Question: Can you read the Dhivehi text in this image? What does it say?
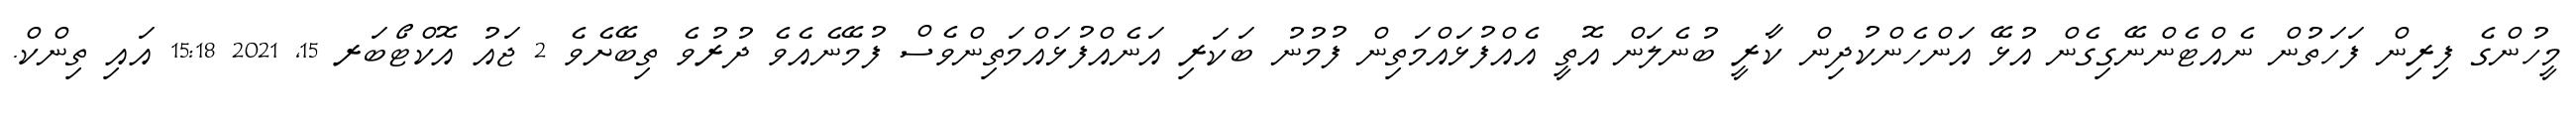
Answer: މީހުންގެ ފިރިން ފަހަތުން ނެއްޓެންނޭގިގެން އުޅޭ އަންހެންކުދިން ކާރީ ބުނެލަން އޮތީ އެއްފުޅައްމަތިން ފުމުނު ބަކަރި އަނެއްފުޅައްމަތިންވެސް ފުމޭނެއެވެ ދުރުވެ ތިބޭށެވެ 2 ޖައު އޮކްޓޯބަރ 15, 2021 15:18 އައި ތިންކް.